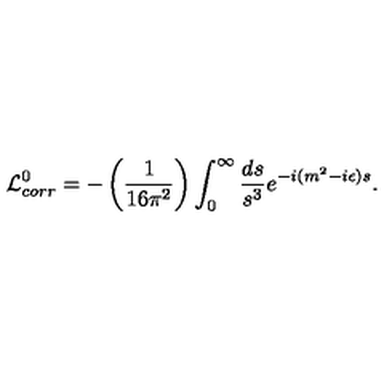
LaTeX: { \cal L } _ { c o r r } ^ { 0 } = - \left( { \frac { 1 } { 1 6 \pi ^ { 2 } } } \right) \int _ { 0 } ^ { \infty } { \frac { d s } { s ^ { 3 } } } e ^ { - i ( m ^ { 2 } - i \epsilon ) s } .